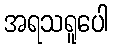
အရသရူပေါ